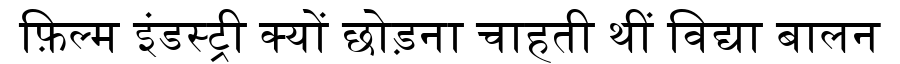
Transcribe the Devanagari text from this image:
फ़िल्म इंडस्ट्री क्यों छोड़ना चाहती थीं विद्या बालन